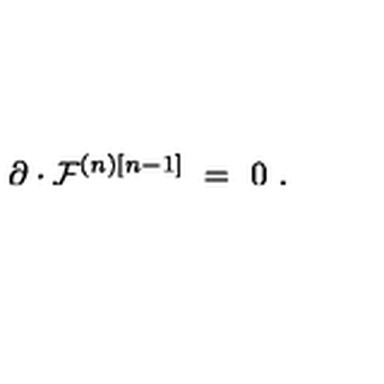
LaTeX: \partial \cdot { \cal F } ^ { ( n ) [ n - 1 ] } \ = \ 0 \ .